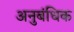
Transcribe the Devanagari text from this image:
अनुबंधिक